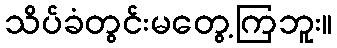
သိပ်ခံတွင်းမတွေ့ကြဘူး။